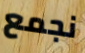
نجمع